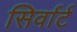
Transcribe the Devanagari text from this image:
सिर्वार्ट